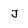
Character: J